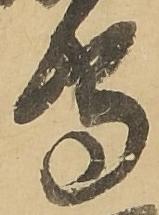
守